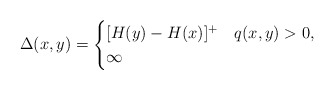
\begin{align*}\Delta(x,y)=\begin{cases}[H(y) - H(x)]^+ & q(x,y)>0,\\\infty & \end{cases}\end{align*}